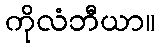
ကိုလံဘီယာ။